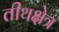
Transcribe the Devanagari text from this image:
तीथक्षेत्र